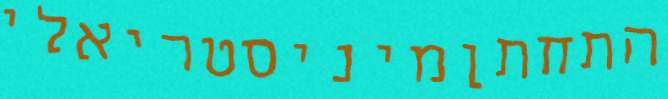
התחתןמיניסטריאלי